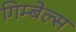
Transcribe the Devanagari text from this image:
गिम्बेल्स